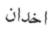
اخدان